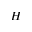
H